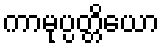
ကာမုပ္ပတ္တိယော